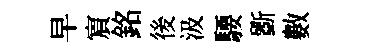
早賔銘後汲騕斵數